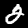
Label: 2